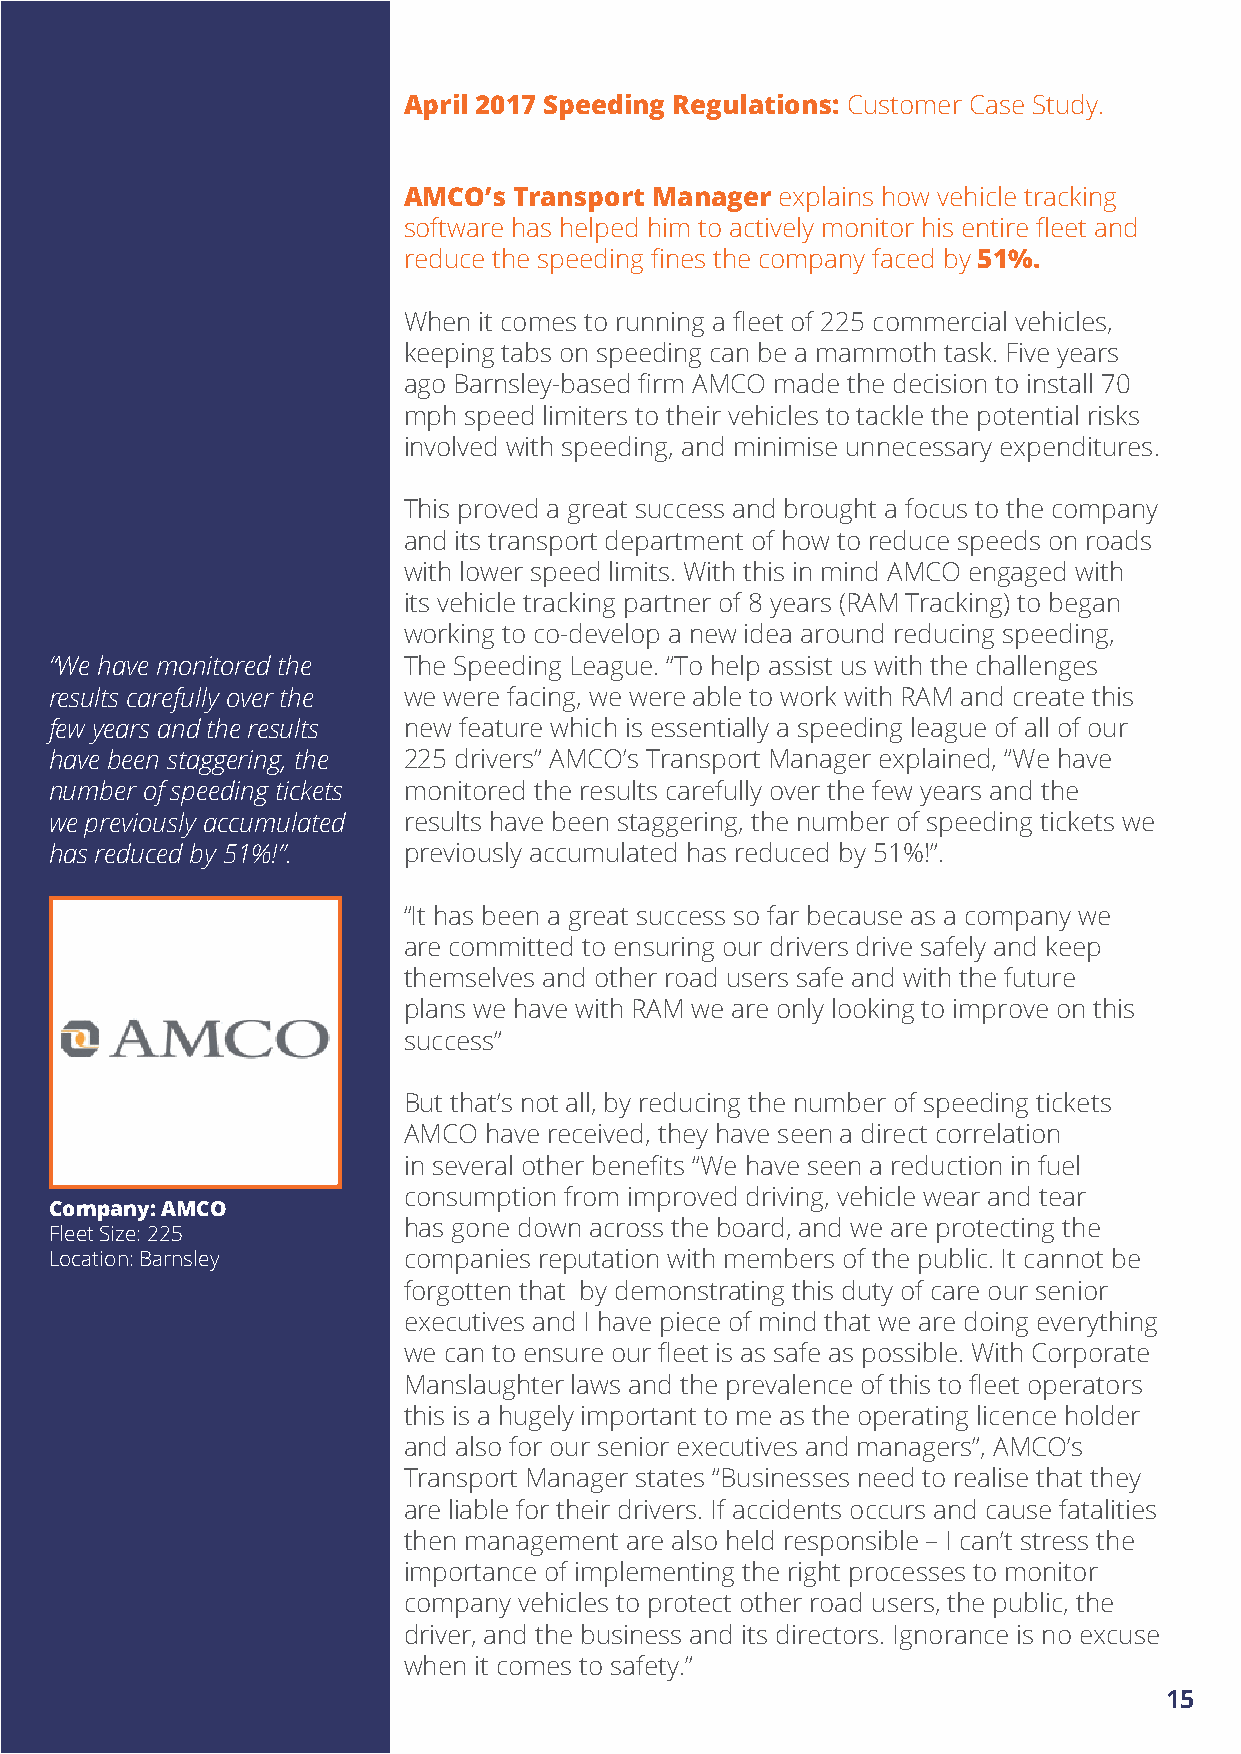
April 2017 Speeding Regulations: Customer Case Study.
 AMCO’s Transport Manager explains how vehicle tracking
 software has helped him to actively monitor his entire fleet and
 reduce the speeding fines the company faced by 51%.
 When it comes to running a fleet of 225 commercial vehicles,
 keeping tabs on speeding can be a mammoth task. Five years
 ago Barnsley-based firm AMCO made the decision to install 70
 mph speed limiters to their vehicles to tackle the potential risks
 involved with speeding, and minimise unnecessary expenditures.
 This proved a great success and brought a focus to the company
 and its transport department of how to reduce speeds on roads
 with lower speed limits. With this in mind AMCO engaged with
 its vehicle tracking partner of 8 years (RAM Tracking) to began
 working to co-develop a new idea around reducing speeding,
 “We have monitored the  The Speeding League. “To help assist us with the challenges
 results carefully over the we were facing, we were able to work with RAM and create this
 few years and the results new feature which is essentially a speeding league of all of our
 have been staggering, the 225 drivers” AMCO’s Transport Manager explained, “We have
 number of speeding tickets monitored the results carefully over the few years and the
 we previously accumulated results have been staggering, the number of speeding tickets we
 has reduced by 51%!”.   previously accumulated has reduced by 51%!”.
 “It has been a great success so far because as a company we
 are committed to ensuring our drivers drive safely and keep
 themselves and other road users safe and with the future
 plans we have with RAM we are only looking to improve on this
 success”
 But that’s not all, by reducing the number of speeding tickets
 AMCO have received, they have seen a direct correlation
 in several other benefits “We have seen a reduction in fuel
 consumption from improved driving, vehicle wear and tear
 Company: AMCO
 has gone down across the board, and we are protecting the
 Fleet Size: 225
 Location: Barnsley      companies reputation with members of the public. It cannot be
 forgotten that by demonstrating this duty of care our senior
 executives and I have piece of mind that we are doing everything
 we can to ensure our fleet is as safe as possible. With Corporate
 Manslaughter laws and the prevalence of this to fleet operators
 this is a hugely important to me as the operating licence holder
 and also for our senior executives and managers”, AMCO’s
 Transport Manager states “Businesses need to realise that they
 are liable for their drivers. If accidents occurs and cause fatalities
 then management are also held responsible – I can’t stress the
 importance of implementing the right processes to monitor
 company vehicles to protect other road users, the public, the
 driver, and the business and its directors. Ignorance is no excuse
 when it comes to safety.”
 15